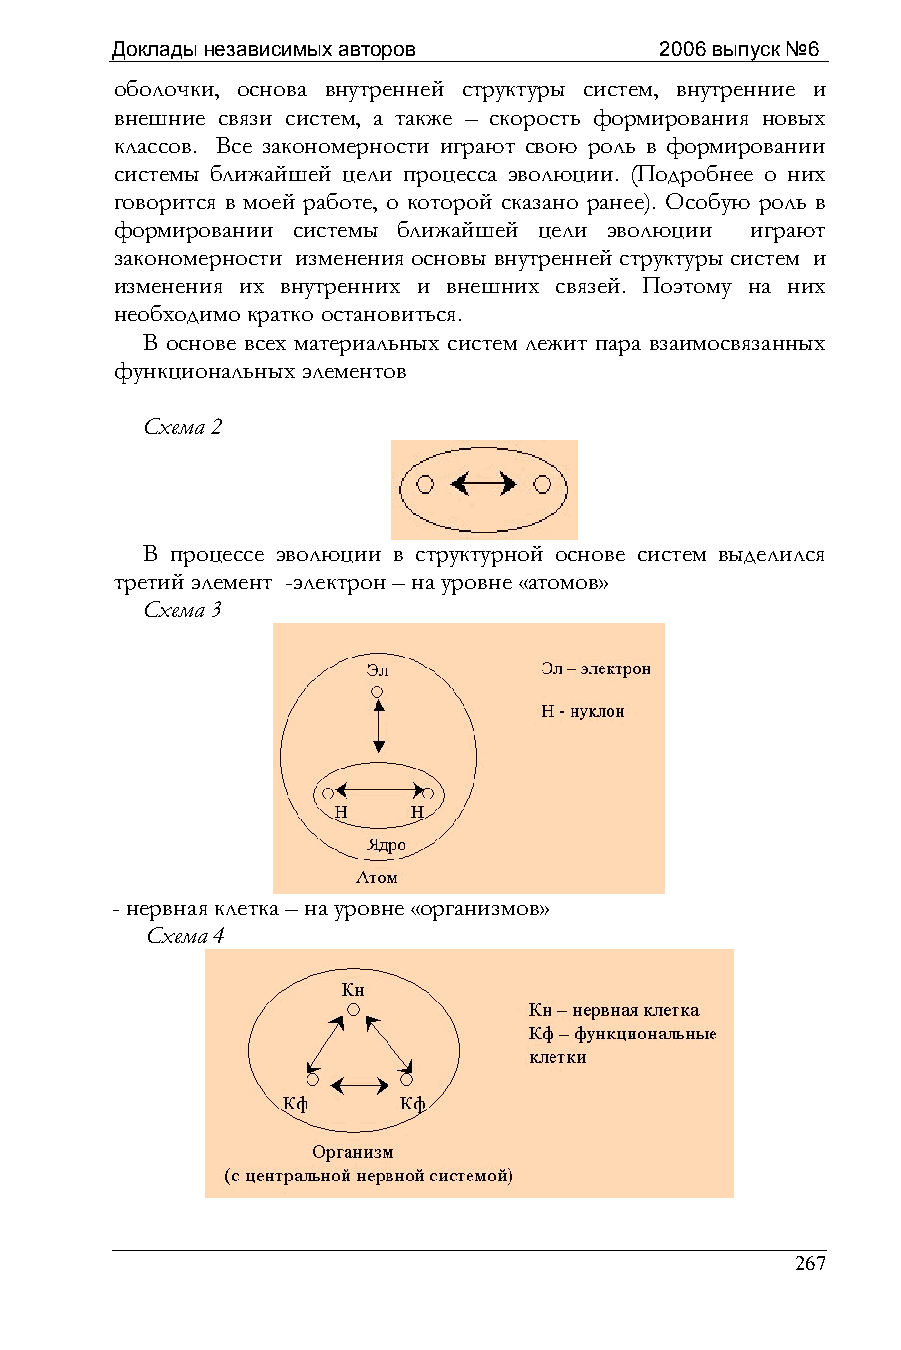
Доклады независимых авторов          2006 выпуск №6
 оболочки, основа внутренней структуры систем, внутренние и
 внешние связи систем, а также – скорость формирования новых
 классов. Все закономерности играют свою роль в формировании
 системы ближайшей цели процесса эволюции. (Подробнее о них
 говорится в моей работе, о которой сказано ранее). Особую роль в
 формировании системы ближайшей цели эволюции играют
 закономерности изменения основы внутренней структуры систем и
 изменения их внутренних и внешних связей. Поэтому на них
 необходимо кратко остановиться.
 В основе всех материальных систем лежит пара взаимосвязанных
 функциональных элементов
 Схема 2
 В процессе эволюции в структурной основе систем выделился
 третий элемент -электрон – на уровне «атомов»
 Схема 3
 - нервная клетка – на уровне «организмов»
 Схема 4
 267